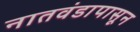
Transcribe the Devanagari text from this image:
नातवंडापासून